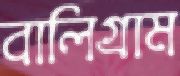
বালিগ্রাম